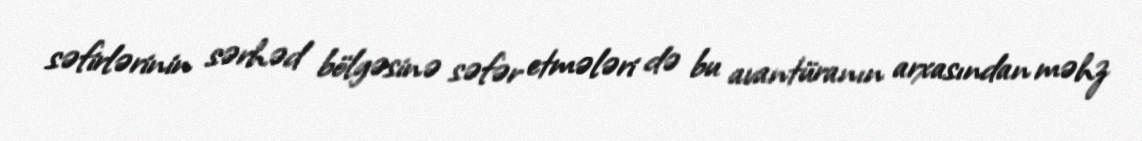
səfirlərinin sərhəd bölgəsinə səfər etmələri də bu avantüranın arxasından məhz